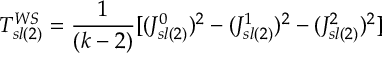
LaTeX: T _ { s l ( 2 ) } ^ { W S } = { \frac { 1 } { ( k - 2 ) } } [ ( J _ { s l ( 2 ) } ^ { 0 } ) ^ { 2 } - ( J _ { s l ( 2 ) } ^ { 1 } ) ^ { 2 } - ( J _ { s l ( 2 ) } ^ { 2 } ) ^ { 2 } ]